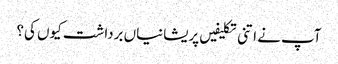
آپ نے اتنی تکلیفیں پریشانیاں برداشت کیوں کی؟